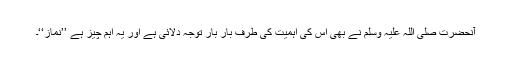
آنحضرت صلی اللہ علیہ وسلم نے بھی اس کی اہمیت کی طرف بار بار توجہ دلائی ہے اور یہ اہم چیز ہے ’’نماز‘‘۔